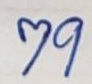
79